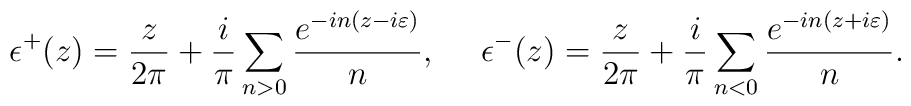
\epsilon^+(z)=\frac{z}{2\pi}+\frac{i}{\pi}\sum_{n>0}\frac{e^{-in(z-i\varepsilon)}}{n},~~~~\epsilon^-(z)=\frac{z}{2\pi}+\frac{i}{\pi}\sum_{n<0}\frac{e^{-in(z+i\varepsilon)}}{n}.